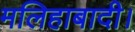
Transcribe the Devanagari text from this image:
मलिहाबादी।